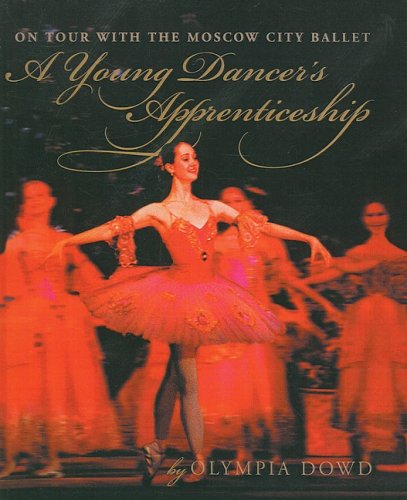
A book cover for A Young Dancer's Apprenticeship (Turtleback School & Library Binding Edition); O. Dowd; Teen & Young Adult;